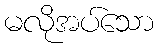
မလိုအပ်သော